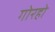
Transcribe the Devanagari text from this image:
गोरहो